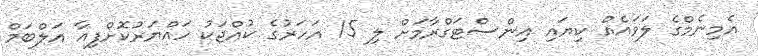
އެމިނެމްގެ ލަވައެއް ކިޔައި އިންސްޓަގްރާމަށް ލި 15 އަހަރުގެ ކުއްޖަކު ހައްޔަރުކޮށްފިއާ އަލްބަމް